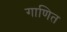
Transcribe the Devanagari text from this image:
गाणित